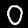
Digit: 0